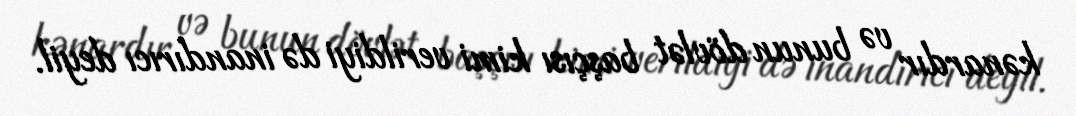
kənardır və bunun dövlət başçısı kimi verildiyi də inandırıcı deyil.